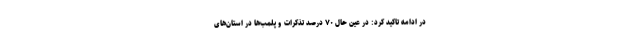
در ادامه تاکید کرد: در عین حال ۷۰ درصد تذکرات و پلمب‌ها در استان‌های